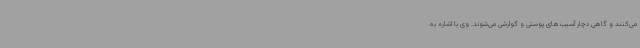
می‌کنند و گاهی دچار آسیب‌های پوستی و گوارشی می‌شوند. وی با اشاره به